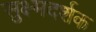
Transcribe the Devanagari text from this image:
सुक्ष्मदर्शक